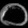
Digit: ၀